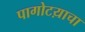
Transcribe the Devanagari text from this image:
पागोटय़ाचा